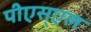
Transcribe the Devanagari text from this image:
पीएस्एल